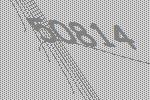
50814